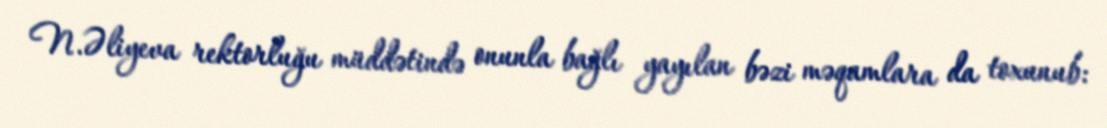
N.Əliyeva rektorluğu müddətində onunla bağlı yayılan bəzi məqamlara da toxunub: